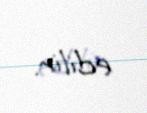
edilir.